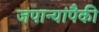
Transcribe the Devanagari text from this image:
जपान्यांपैकी